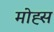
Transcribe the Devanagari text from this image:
मोह्स